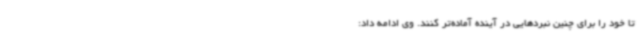
تا خود را برای چنین نبردهایی در آینده آماده‌تر کنند. وی ادامه داد: